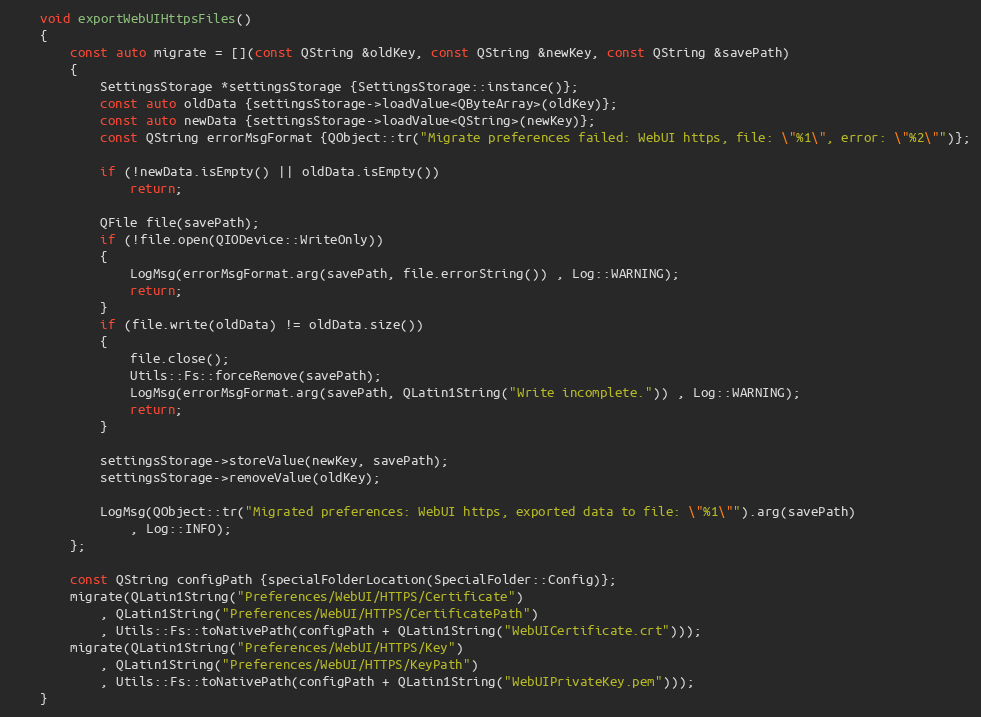
Language: C++
    void exportWebUIHttpsFiles()
    {
        const auto migrate = [](const QString &oldKey, const QString &newKey, const QString &savePath)
        {
            SettingsStorage *settingsStorage {SettingsStorage::instance()};
            const auto oldData {settingsStorage->loadValue<QByteArray>(oldKey)};
            const auto newData {settingsStorage->loadValue<QString>(newKey)};
            const QString errorMsgFormat {QObject::tr("Migrate preferences failed: WebUI https, file: \"%1\", error: \"%2\"")};

            if (!newData.isEmpty() || oldData.isEmpty())
                return;

            QFile file(savePath);
            if (!file.open(QIODevice::WriteOnly))
            {
                LogMsg(errorMsgFormat.arg(savePath, file.errorString()) , Log::WARNING);
                return;
            }
            if (file.write(oldData) != oldData.size())
            {
                file.close();
                Utils::Fs::forceRemove(savePath);
                LogMsg(errorMsgFormat.arg(savePath, QLatin1String("Write incomplete.")) , Log::WARNING);
                return;
            }

            settingsStorage->storeValue(newKey, savePath);
            settingsStorage->removeValue(oldKey);

            LogMsg(QObject::tr("Migrated preferences: WebUI https, exported data to file: \"%1\"").arg(savePath)
                , Log::INFO);
        };

        const QString configPath {specialFolderLocation(SpecialFolder::Config)};
        migrate(QLatin1String("Preferences/WebUI/HTTPS/Certificate")
            , QLatin1String("Preferences/WebUI/HTTPS/CertificatePath")
            , Utils::Fs::toNativePath(configPath + QLatin1String("WebUICertificate.crt")));
        migrate(QLatin1String("Preferences/WebUI/HTTPS/Key")
            , QLatin1String("Preferences/WebUI/HTTPS/KeyPath")
            , Utils::Fs::toNativePath(configPath + QLatin1String("WebUIPrivateKey.pem")));
    }